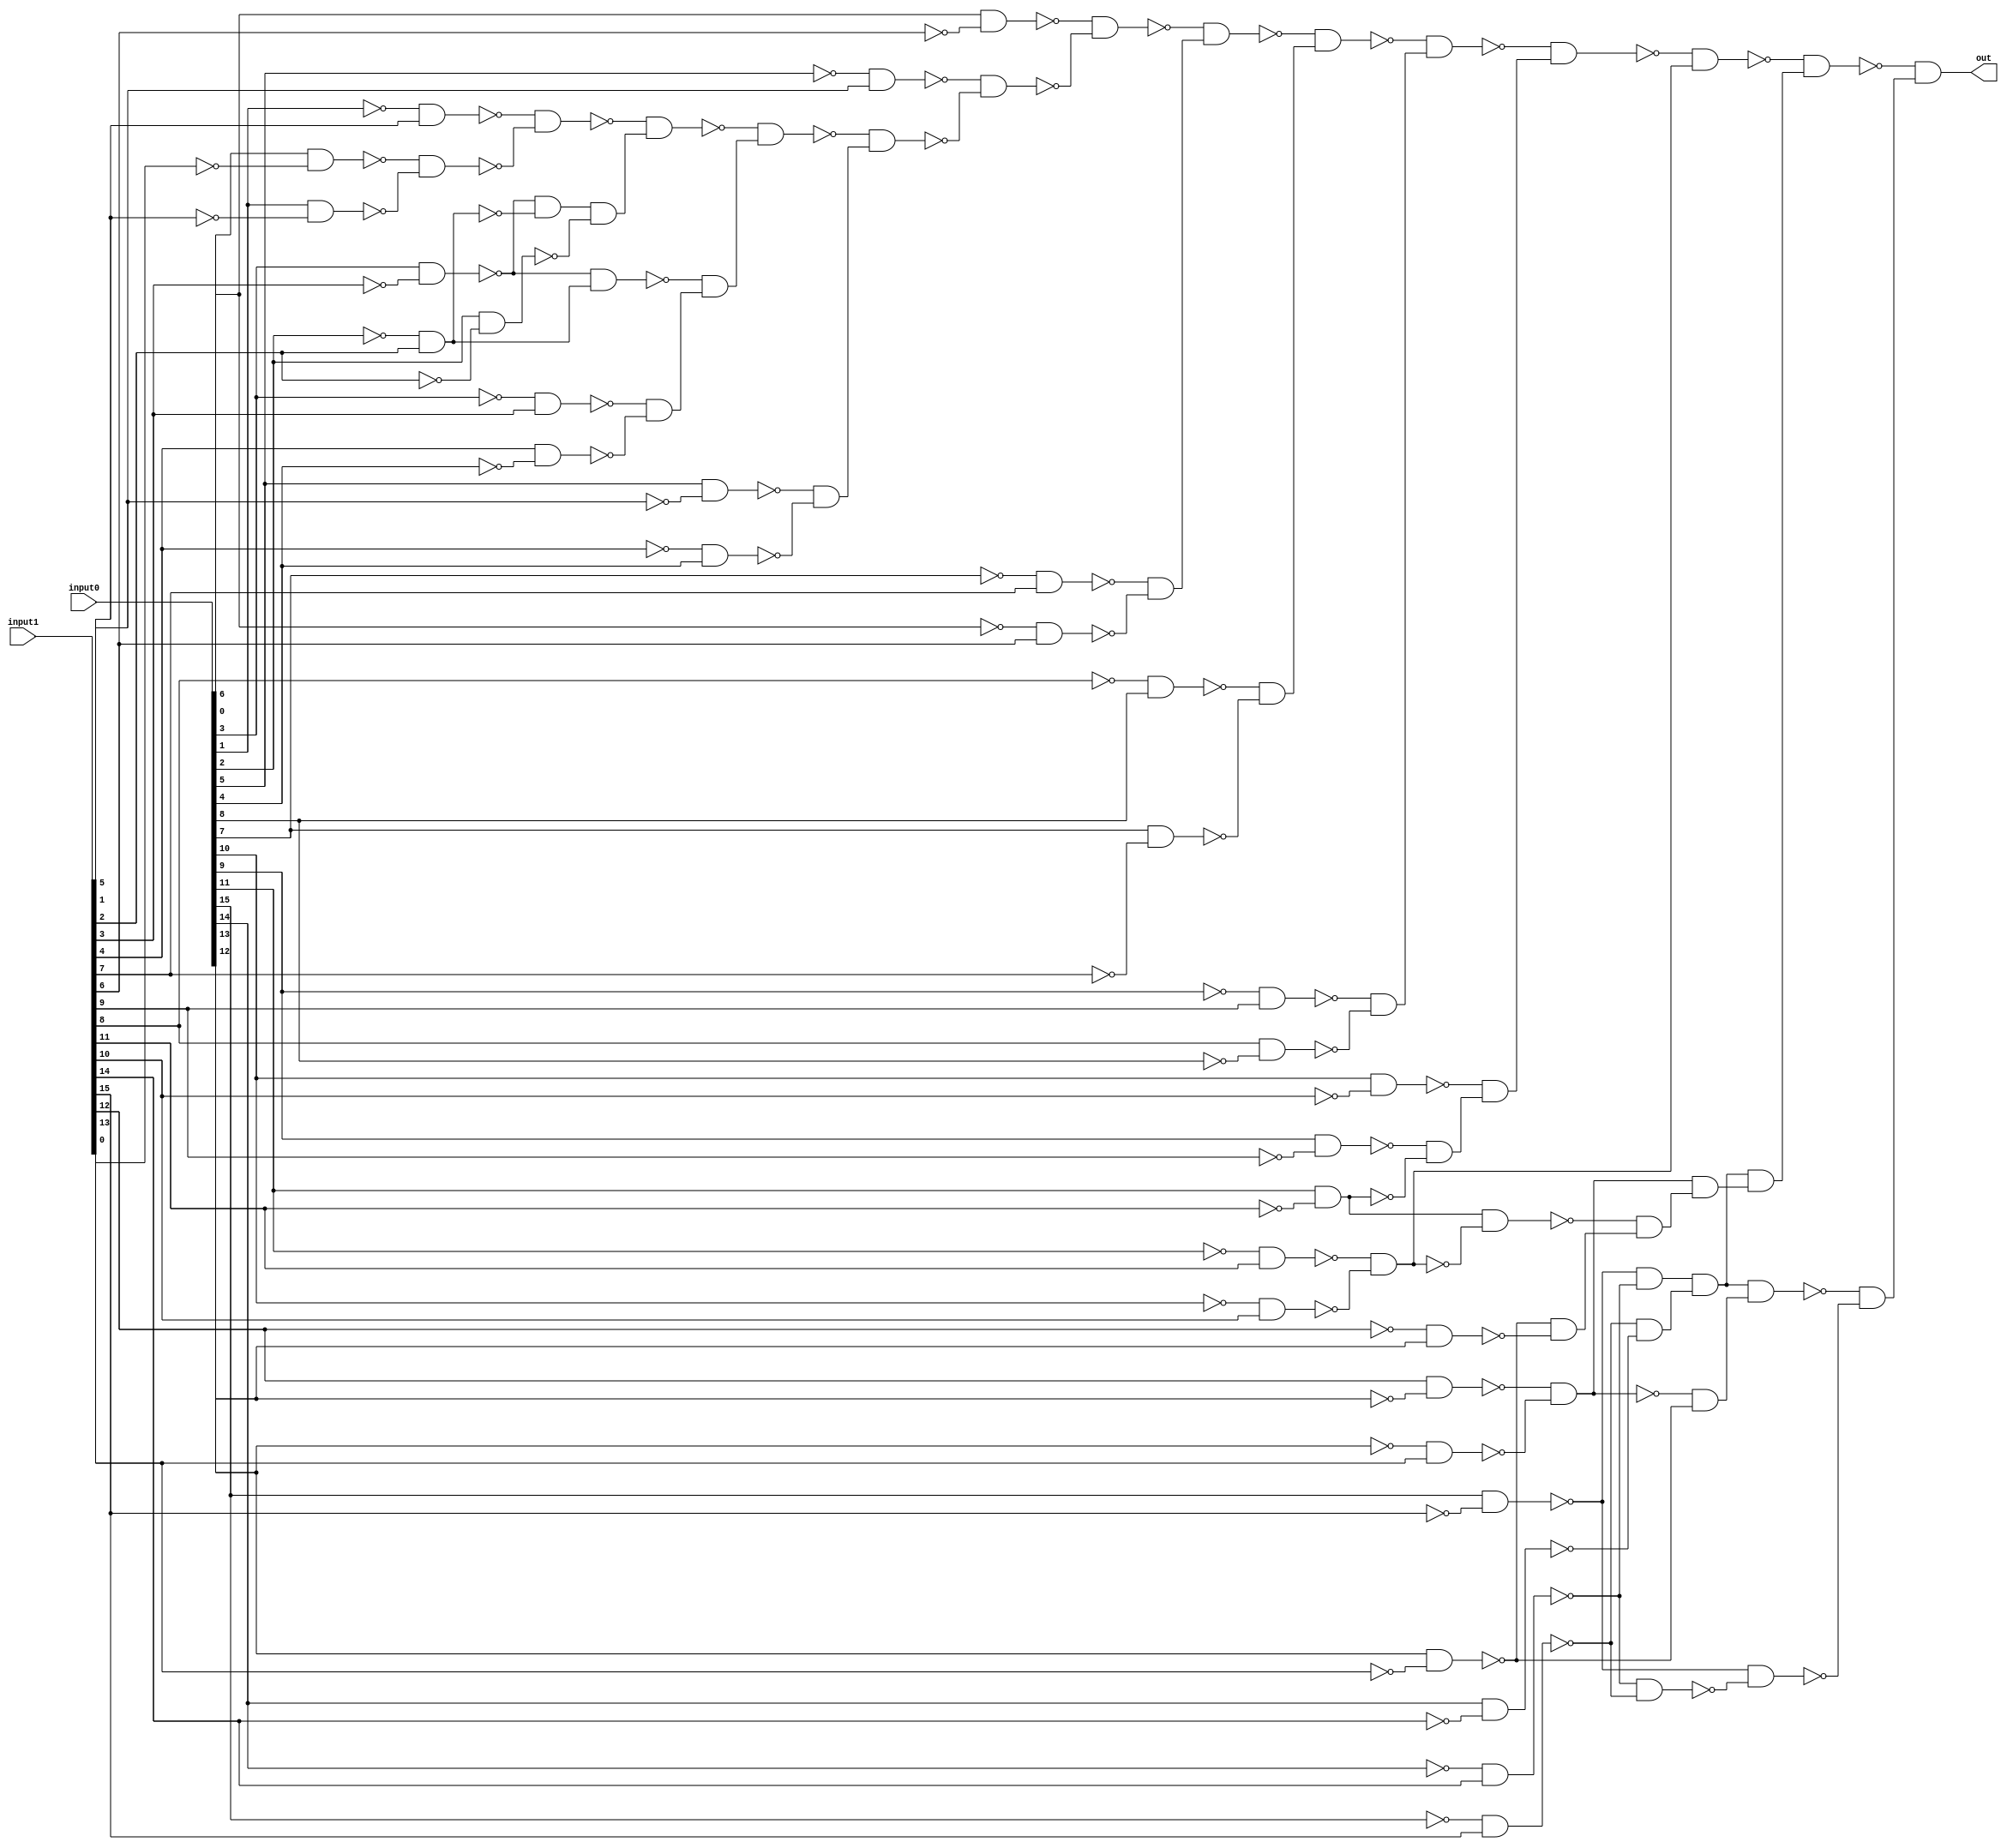
/* Generated by Yosys 0.28+1 (git sha1 a9c792dce, clang 10.0.0-4ubuntu1 -fPIC -Os) */

(* hdlname = "\\\\greater_than" *)
(* top =  1  *)
(* src = "greater_than.v:3.1-17.10" *)
module greater_than(input0, input1, out);
  wire _000_;
  wire _001_;
  wire _002_;
  wire _003_;
  wire _004_;
  wire _005_;
  wire _006_;
  wire _007_;
  wire _008_;
  wire _009_;
  wire _010_;
  wire _011_;
  wire _012_;
  wire _013_;
  wire _014_;
  wire _015_;
  wire _016_;
  wire _017_;
  wire _018_;
  wire _019_;
  wire _020_;
  wire _021_;
  wire _022_;
  wire _023_;
  wire _024_;
  wire _025_;
  wire _026_;
  wire _027_;
  wire _028_;
  wire _029_;
  wire _030_;
  wire _031_;
  wire _032_;
  wire _033_;
  wire _034_;
  wire _035_;
  wire _036_;
  wire _037_;
  wire _038_;
  wire _039_;
  wire _040_;
  wire _041_;
  wire _042_;
  wire _043_;
  wire _044_;
  wire _045_;
  wire _046_;
  wire _047_;
  wire _048_;
  wire _049_;
  wire _050_;
  wire _051_;
  wire _052_;
  wire _053_;
  wire _054_;
  wire _055_;
  wire _056_;
  wire _057_;
  wire _058_;
  wire _059_;
  wire _060_;
  wire _061_;
  wire _062_;
  wire _063_;
  wire _064_;
  wire _065_;
  wire _066_;
  wire _067_;
  wire _068_;
  wire _069_;
  wire _070_;
  (* src = "greater_than.v:4.20-4.26" *)
  wire _071_;
  (* src = "greater_than.v:4.20-4.26" *)
  wire _072_;
  (* src = "greater_than.v:4.20-4.26" *)
  wire _073_;
  (* src = "greater_than.v:4.20-4.26" *)
  wire _074_;
  (* src = "greater_than.v:4.20-4.26" *)
  wire _075_;
  (* src = "greater_than.v:4.20-4.26" *)
  wire _076_;
  (* src = "greater_than.v:4.20-4.26" *)
  wire _077_;
  (* src = "greater_than.v:4.20-4.26" *)
  wire _078_;
  (* src = "greater_than.v:4.20-4.26" *)
  wire _079_;
  (* src = "greater_than.v:4.20-4.26" *)
  wire _080_;
  (* src = "greater_than.v:4.20-4.26" *)
  wire _081_;
  (* src = "greater_than.v:4.20-4.26" *)
  wire _082_;
  (* src = "greater_than.v:4.20-4.26" *)
  wire _083_;
  (* src = "greater_than.v:4.20-4.26" *)
  wire _084_;
  (* src = "greater_than.v:4.20-4.26" *)
  wire _085_;
  (* src = "greater_than.v:4.20-4.26" *)
  wire _086_;
  (* src = "greater_than.v:5.16-5.22" *)
  wire _087_;
  (* src = "greater_than.v:5.16-5.22" *)
  wire _088_;
  (* src = "greater_than.v:5.16-5.22" *)
  wire _089_;
  (* src = "greater_than.v:5.16-5.22" *)
  wire _090_;
  (* src = "greater_than.v:5.16-5.22" *)
  wire _091_;
  (* src = "greater_than.v:5.16-5.22" *)
  wire _092_;
  (* src = "greater_than.v:5.16-5.22" *)
  wire _093_;
  (* src = "greater_than.v:5.16-5.22" *)
  wire _094_;
  (* src = "greater_than.v:5.16-5.22" *)
  wire _095_;
  (* src = "greater_than.v:5.16-5.22" *)
  wire _096_;
  (* src = "greater_than.v:5.16-5.22" *)
  wire _097_;
  (* src = "greater_than.v:5.16-5.22" *)
  wire _098_;
  (* src = "greater_than.v:5.16-5.22" *)
  wire _099_;
  (* src = "greater_than.v:5.16-5.22" *)
  wire _100_;
  (* src = "greater_than.v:5.16-5.22" *)
  wire _101_;
  (* src = "greater_than.v:5.16-5.22" *)
  wire _102_;
  wire _103_;
  wire _104_;
  wire _105_;
  wire _106_;
  wire _107_;
  wire _108_;
  wire _109_;
  wire _110_;
  wire _111_;
  wire _112_;
  wire _113_;
  wire _114_;
  wire _115_;
  wire _116_;
  wire _117_;
  wire _118_;
  wire _119_;
  wire _120_;
  wire _121_;
  wire _122_;
  wire _123_;
  wire _124_;
  wire _125_;
  wire _126_;
  wire _127_;
  wire _128_;
  wire _129_;
  wire _130_;
  wire _131_;
  wire _132_;
  wire _133_;
  wire _134_;
  wire _135_;
  wire _136_;
  wire _137_;
  wire _138_;
  wire _139_;
  wire _140_;
  wire _141_;
  wire _142_;
  wire _143_;
  wire _144_;
  wire _145_;
  wire _146_;
  wire _147_;
  wire _148_;
  wire _149_;
  wire _150_;
  wire _151_;
  wire _152_;
  wire _153_;
  wire _154_;
  wire _155_;
  wire _156_;
  wire _157_;
  wire _158_;
  wire _159_;
  wire _160_;
  wire _161_;
  wire _162_;
  wire _163_;
  wire _164_;
  wire _165_;
  wire _166_;
  wire _167_;
  wire _168_;
  wire _169_;
  wire _170_;
  wire _171_;
  wire _172_;
  wire _173_;
  wire _174_;
  wire _175_;
  wire _176_;
  wire _177_;
  wire _178_;
  wire _179_;
  wire _180_;
  wire _181_;
  wire _182_;
  wire _183_;
  wire _184_;
  wire _185_;
  wire _186_;
  wire _187_;
  wire _188_;
  wire _189_;
  wire _190_;
  wire _191_;
  wire _192_;
  wire _193_;
  wire _194_;
  wire _195_;
  wire _196_;
  wire _197_;
  wire _198_;
  wire _199_;
  wire _200_;
  wire _201_;
  wire _202_;
  wire _203_;
  wire _204_;
  wire _205_;
  wire _206_;
  wire _207_;
  wire _208_;
  wire _209_;
  wire _210_;
  wire _211_;
  wire _212_;
  wire _213_;
  wire _214_;
  wire _215_;
  wire _216_;
  wire _217_;
  wire _218_;
  wire _219_;
  wire _220_;
  wire _221_;
  wire _222_;
  wire _223_;
  wire _224_;
  wire _225_;
  wire _226_;
  wire _227_;
  (* src = "greater_than.v:6.18-6.21" *)
  wire _228_;
  (* src = "greater_than.v:4.20-4.26" *)
  input [15:0] input0;
  wire [15:0] input0;
  (* src = "greater_than.v:5.16-5.22" *)
  input [15:0] input1;
  wire [15:0] input1;
  (* src = "greater_than.v:6.18-6.21" *)
  output out;
  wire out;
  assign _162_ = ~_077_;
  assign _163_ = ~_093_;
  assign _164_ = ~_076_;
  assign _165_ = ~_092_;
  assign _166_ = ~_075_;
  assign _167_ = ~_091_;
  assign _168_ = ~_090_;
  assign _169_ = ~_074_;
  assign _170_ = ~_073_;
  assign _171_ = ~_089_;
  assign _172_ = ~_072_;
  assign _173_ = ~_088_;
  assign _174_ = ~_086_;
  assign _175_ = ~_102_;
  assign _176_ = ~_101_;
  assign _177_ = ~_085_;
  assign _178_ = ~_084_;
  assign _179_ = ~_100_;
  assign _180_ = ~_083_;
  assign _181_ = ~_099_;
  assign _182_ = ~_082_;
  assign _183_ = ~_098_;
  assign _184_ = ~_097_;
  assign _185_ = ~_081_;
  assign _186_ = ~_080_;
  assign _187_ = ~_096_;
  assign _188_ = ~_079_;
  assign _189_ = ~_095_;
  assign _190_ = ~_078_;
  assign _191_ = ~_094_;
  assign _192_ = ~_087_;
  assign _193_ = ~(_083_ & _181_);
  assign _194_ = ~(_182_ & _098_);
  assign _195_ = ~(_190_ & _094_);
  assign _196_ = ~(_071_ & _192_);
  assign _197_ = ~(_080_ & _187_);
  assign _198_ = ~(_188_ & _095_);
  assign _199_ = ~_198_;
  assign _200_ = ~(_197_ & _198_);
  assign _201_ = ~_200_;
  assign _202_ = ~(_078_ & _191_);
  assign _203_ = ~(_079_ & _189_);
  assign _204_ = ~(_196_ & _202_);
  assign _205_ = ~(_195_ & _204_);
  assign _206_ = ~(_201_ & _203_);
  assign _207_ = ~_206_;
  assign _208_ = ~(_205_ & _207_);
  assign _209_ = ~(_197_ & _199_);
  assign _210_ = ~(_186_ & _096_);
  assign _211_ = ~(_097_ & _185_);
  assign _212_ = ~(_210_ & _211_);
  assign _213_ = ~_212_;
  assign _214_ = ~(_209_ & _213_);
  assign _215_ = ~_214_;
  assign _216_ = ~(_208_ & _215_);
  assign _217_ = ~(_082_ & _183_);
  assign _218_ = ~(_184_ & _081_);
  assign _219_ = ~(_217_ & _218_);
  assign _220_ = ~_219_;
  assign _221_ = ~(_216_ & _220_);
  assign _222_ = ~(_194_ & _221_);
  assign _223_ = ~(_193_ & _222_);
  assign _224_ = ~(_178_ & _100_);
  assign _225_ = ~(_180_ & _099_);
  assign _226_ = ~(_224_ & _225_);
  assign _227_ = ~_226_;
  assign _103_ = ~(_223_ & _227_);
  assign _104_ = ~(_176_ & _085_);
  assign _105_ = ~(_084_ & _179_);
  assign _106_ = ~(_104_ & _105_);
  assign _107_ = ~_106_;
  assign _108_ = ~(_103_ & _107_);
  assign _109_ = ~(_174_ & _102_);
  assign _110_ = ~(_101_ & _177_);
  assign _111_ = ~(_109_ & _110_);
  assign _112_ = ~_111_;
  assign _113_ = ~(_108_ & _112_);
  assign _114_ = ~(_072_ & _173_);
  assign _115_ = ~(_086_ & _175_);
  assign _116_ = ~(_073_ & _171_);
  assign _117_ = ~_116_;
  assign _118_ = ~(_115_ & _116_);
  assign _119_ = ~_118_;
  assign _120_ = ~(_114_ & _119_);
  assign _121_ = ~_120_;
  assign _122_ = ~(_113_ & _121_);
  assign _123_ = ~(_170_ & _089_);
  assign _124_ = ~(_172_ & _088_);
  assign _125_ = ~(_123_ & _124_);
  assign _126_ = ~_125_;
  assign _127_ = ~(_122_ & _126_);
  assign _128_ = ~(_077_ & _163_);
  assign _129_ = ~(_164_ & _092_);
  assign _130_ = ~(_128_ & _129_);
  assign _131_ = ~_130_;
  assign _132_ = ~(_162_ & _093_);
  assign _133_ = ~(_076_ & _165_);
  assign _134_ = ~(_132_ & _133_);
  assign _135_ = ~_134_;
  assign _136_ = ~(_131_ & _135_);
  assign _137_ = ~_136_;
  assign _138_ = ~(_090_ & _169_);
  assign _139_ = ~(_166_ & _091_);
  assign _140_ = ~(_138_ & _139_);
  assign _141_ = ~_140_;
  assign _142_ = ~(_117_ & _125_);
  assign _143_ = ~(_075_ & _167_);
  assign _144_ = ~(_168_ & _074_);
  assign _145_ = ~(_143_ & _144_);
  assign _146_ = ~_145_;
  assign _147_ = ~(_142_ & _146_);
  assign _148_ = ~_147_;
  assign _149_ = ~(_141_ & _148_);
  assign _150_ = ~_149_;
  assign _151_ = ~(_137_ & _150_);
  assign _152_ = ~_151_;
  assign _153_ = ~(_127_ & _152_);
  assign _154_ = ~(_140_ & _143_);
  assign _155_ = ~_154_;
  assign _156_ = ~(_137_ & _155_);
  assign _157_ = ~(_129_ & _132_);
  assign _158_ = ~(_128_ & _157_);
  assign _159_ = ~(_156_ & _158_);
  assign _160_ = ~_159_;
  assign _161_ = ~(_153_ & _160_);
  assign _228_ = ~_161_;
  assign _077_ = input0[15];
  assign _093_ = input1[15];
  assign _076_ = input0[14];
  assign _092_ = input1[14];
  assign _075_ = input0[13];
  assign _091_ = input1[13];
  assign _090_ = input1[12];
  assign _074_ = input0[12];
  assign _073_ = input0[11];
  assign _089_ = input1[11];
  assign _072_ = input0[10];
  assign _088_ = input1[10];
  assign _086_ = input0[9];
  assign _102_ = input1[9];
  assign _101_ = input1[8];
  assign _085_ = input0[8];
  assign _084_ = input0[7];
  assign _100_ = input1[7];
  assign _083_ = input0[6];
  assign _099_ = input1[6];
  assign _082_ = input0[5];
  assign _098_ = input1[5];
  assign _097_ = input1[4];
  assign _081_ = input0[4];
  assign _080_ = input0[3];
  assign _096_ = input1[3];
  assign _079_ = input0[2];
  assign _095_ = input1[2];
  assign _078_ = input0[1];
  assign _094_ = input1[1];
  assign _071_ = input0[0];
  assign _087_ = input1[0];
  assign out = _228_;
endmodule